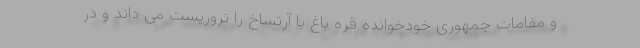
و مقامات جمهوری خودخوانده قره باغ یا آرتساخ را تروریست می داند و در